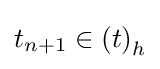
t_{n+1}\in \left(t\right)_{h}